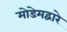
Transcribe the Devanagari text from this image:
मोडेमद्वारे